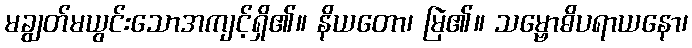
မချွတ်မယွင်းသောအကျင့်ရှိ၏။ နိယတော၊ မြဲ၏။ သမ္ဗောဓိပရာယနော၊